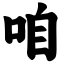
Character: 咱